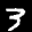
Label: 3